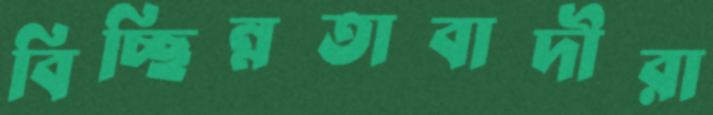
বিচ্ছিন্নতাবাদীরা